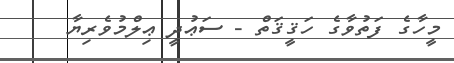
މީހާގެ ފަތުވާގެ ހަޤީޤަތް - ސަޢުދީ ޢިލްމުވެރިޔާ